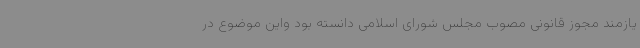
یازمند مجوز قانونی مصوب مجلس شورای اسلامی دانسته بود واین موضوع در